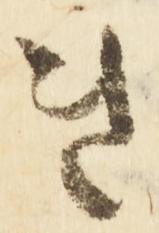
き